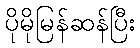
ပိုမိုမြန်ဆန်ပြီး